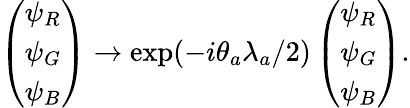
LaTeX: \left(\begin{array}{l}{{\psi_{R}}}\\ {{\psi_{G}}}\\ {{\psi_{B}}}\end{array}\right)\rightarrow\exp(-i\theta_{a}\lambda_{a}/2)\left(\begin{array}{l}{{\psi_{R}}}\\ {{\psi_{G}}}\\ {{\psi_{B}}}\end{array}\right).